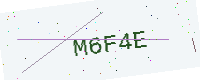
Text: M6F4E